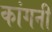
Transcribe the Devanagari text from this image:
कांगनी